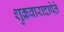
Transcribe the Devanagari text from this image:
शुक्रवारादापेते